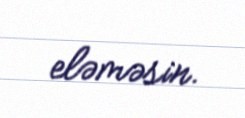
eləməsin.